Civil Veterinary Dept. Assam report 1927-50 - 1927-1950
Year: 1927
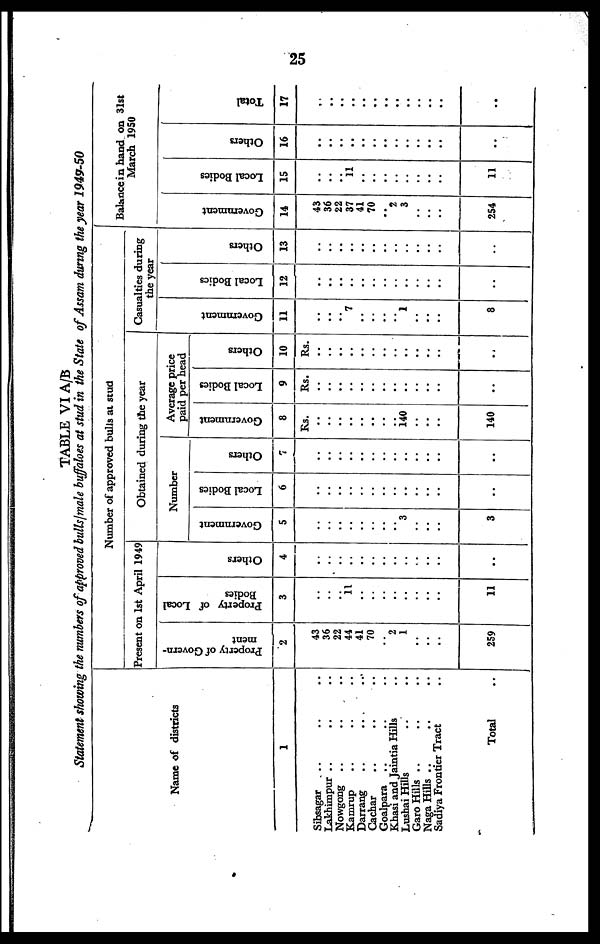
25
TABLE VI A/B
Statement showing the numbers of approved bulls/male buffaloes at stud in the State of Assam during the year 1949-50
Name of districts
1
Sibsagar .. .. ..
Lakhimpur .. .. ..
Nowgong .. .. ..
Kamrup .. .. ..
Darrang .. .. ..
Gachar .. .. ..
Goalpara .. .. ..
Khasi and Jaintia Hills ..
Lushai Hills .. ..
Garo Hills .. .. ..
Naga Hills .. .. ..
Sadiya Frontier Tract ..
Total ..
Number of approved bulls at stud
Present on 1st April 1949
Property of Govern-
ment
2
43
36
22
44
41
70
..
2
1
..
..
..
259
Property of Local
Bodies
3
..
..
..
11
..
..
..
..
..
..
..
..
11
Others
4
..
..
..
..
..
..
..
..
..
..
..
..
..
Obtained during the year
Number
Government
5
..
..
..
..
..
..
..
..
3
..
..
..
3
Local Bodies
6
..
..
..
..
..
..
..
..
..
..
..
..
..
Others
7
..
..
..
..
..
..
..
..
..
..
..
..
..
Average price
paid per head
Government
8
Rs.
..
..
..
..
..
..
..
..
140
..
..
..
140
Local Bodies
9
Rs.
..
..
..
..
..
..
..
..
..
..
..
..
..
Others
10
Rs.
..
..
..
..
..
..
..
..
..
..
..
..
..
Casualties during
the year
I Government
11
..
..
..
7
..
..
..
..
1
..
..
..
8
Local Bodies
12
..
..
..
..
..
..
..
..
..
..
..
..
..
i Others
13
..
..
..
..
..
..
..
..
..
..
..
..
..
Balance in hand on 31st
March 1950
Government
14
43
36
22
37
41
70
..
2
3
..
..
..
254
Local Bodies
15
..
..
..
11
..
..
..
..
..
..
..
..
11
Others
16
..
..
..
..
..
..
..
..
..
..
..
..
..
Total
17
..
..
..
..
..
..
..
..
..
..
..
..
..